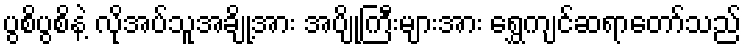
ပွစိပွစိနဲ့ လိုအပ်သူအချို့အား အပျိုကြီးများအား ရွှေကျင်ဆရာတော်သည်